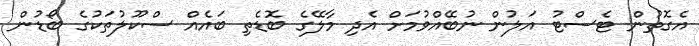
އެގޮތުން ޓެސްޓު އަލުން ނުބޭއްވުމަށް އެދި މާލޭގެ ބޮޑެތި ބައެއް ސްކޫލުތަކުގެ ބޯޑުން